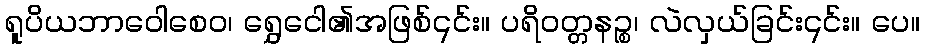
ရူပိယဘာဝေါစေဝ၊ ရွှေငေါ၏အဖြစ်၎င်း။ ပရိဝတ္တနဉ္စ၊ လဲလှယ်ခြင်း၎င်း။ ပေ။